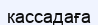
кассадаға